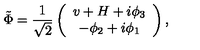
\tilde { \Phi } = \frac { 1 } { \sqrt { 2 } } \left( \begin{array} { c } { v + H + i \phi _ { 3 } } \\ { - \phi _ { 2 } + i \phi _ { 1 } } \\ \end{array} \right) ,